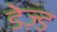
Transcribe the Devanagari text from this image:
डेज़्ड